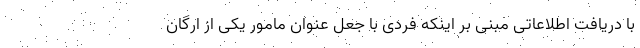
با دریافت اطلاعاتی مبنی بر اینکه فردی با جعل عنوان مامور یکی از ارگان